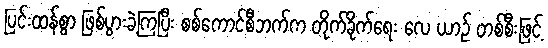
ပြင်းထန်စွာ ဖြစ်ပွားခဲ့ကြပြီး စစ်ကောင်စီဘက်က တိုက်ခိုက်ရေး လေ ယာဉ် တစ်စီးဖြင့်